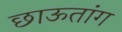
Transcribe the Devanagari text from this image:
छाऊतांग